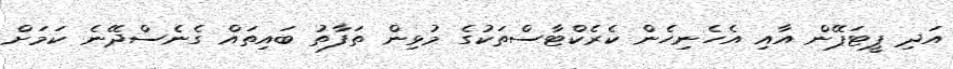
އަދި ޕީޓަޕޭން އާއި އެހެނިހެން ކެރެކްޓާސްތަކުގެ މުޅިން ތަފާތު ބައިތައް ގެނެސްދޭނެ ކަމަށް